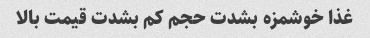
غذا خوشمزه بشدت حجم کم بشدت قیمت بالا